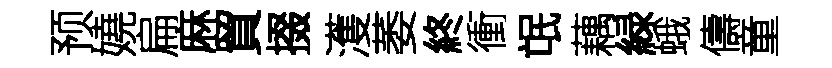
预嬈扁麻貿掇濩萎終衝氓藕緑蛾儔童